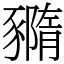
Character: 䝐